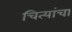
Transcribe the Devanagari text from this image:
चित्यांचा